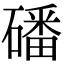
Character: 磻